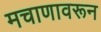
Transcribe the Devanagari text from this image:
मचाणावरून